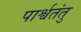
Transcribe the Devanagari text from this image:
पार्श्वतंतु